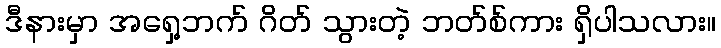
ဒီနားမှာ အရှေ့ဘက် ဂိတ် သွားတဲ့ ဘတ်စ်ကား ရှိပါသလား။